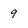
Character: 9